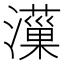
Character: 𤂋